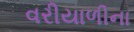
વરીયાળીના